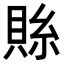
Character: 𮚄